Lunatic asylums Burma 1907-21 - 1907-1921
Year: 1907
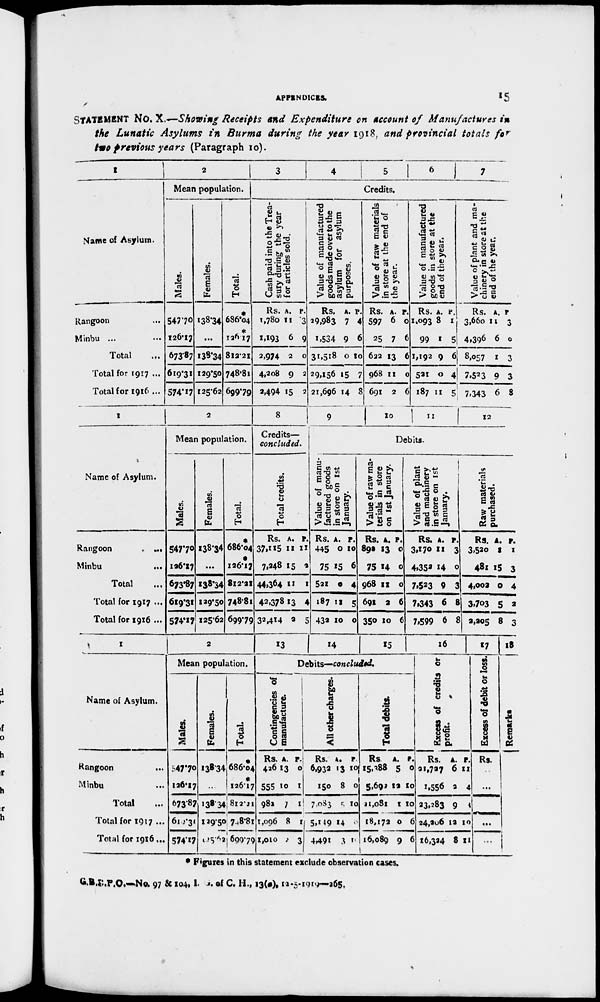
APPENDICES.
15
STATEMENT No. X.—Showing Receipts and Expenditure on account of Manufactures in
the Lunatic Asylums in Burma during the year 1918, and provincial totals for
two previous years (Paragraph 10).
1
Name of Asylum.
Rangoon ...
Minbu ...
Total ...
Total for 1917 ...
Total for 1916 ...
2
Mean population.
Males.
547.70
126.17
673.87
610.31
574.17
Females.
138.34
...
138.34
129.50
125.62
Total.
*
686.04
*
126.17
812.21
748.81
699.79
3
4
5
6
7
Credits.
Cash paid into the Trea-
sury during the year
for articles sold.
Rs.
1,780
1,193
2,974
4,208
2,494
A.
11
6
2
9
15
P.
3
9
0
2
2
Value of manufactured
goods made over to the
asylum for asylum
purposes.
Rs.
29,983
1,534
31,518
29,156
21,696
A.
7
9
0
15
14
P.
4
6
10
7
8
Value of raw materials
in store at the end of
the year.
Rs.
597
25
622
968
691
A.
6
7
13
11
2
P.
0
6
6
0
6
Value of manufactured
goods in store at the
end of the year.
Rs.
1,093
99
1,192
521
187
A.
8
1
9
0
11
P.
1
5
6
4
5
Value of plant and ma-
chinery in store at the
end of the year.
Rs.
3,660
4,396
8,057
7,523
7,343
A.
11
6
1
9
6
P.
3
0
3
3
8
1
Name of Asylum.
Rangoon
...
Minbu
...
Total ...
Total for 1917 ...
Total for 1916 ...
2
Mean population.
Males.
547.70
126.17
673.87
619.31
574.17
Females.
138.34
...
138.34
129.50
125.62
Total.
*
686.04
*
126.17
812.21
748.81
699.79
8
Credits—
concluded.
Total credits.
Rs.
37,115
7,248
44,364
42,378
32,414
A.
11
15
11
13
2
P.
11
2
1
4
5
9
10
11
12
Debits.
Value of manu-
factured goods
in store on 1st
January.
Rs.
445
75
521
187
432
A.
0
15
0
11
10
P.
10
6
4
5
0
Value of raw ma-
terials in store
on 1st January.
Rs.
893
75
968
691
350
A.
13
14
11
2
10
P.
0
0
0
6
6
Value of plant
and machinery
in store on 1st
January.
Rs.
3,170
4,352
7,523
7,343
7,599
A.
11
14
9
6
6
P.
3
0
3
8
8
Raw materials
purchased.
Rs.
3,520
481
4,002
3,703
2,205
A.
1
15
0
5
8
P.
1
3
4
2
3
1
Name of Asylum.
Rangoon
...
Minbu ...
Total ...
Total for 1917 ...
Total for 1916 ...
2
Mean population.
Males.
547.70
126.17
673.87
619.31
574.17
Females.
138.34
...
138.34
129.50
125.62
Total.
*
686*04 *
126.17
812.21
748.81
699.79
13
14
15
Debits—concluded.
Contingencies of
manufacture.
Rs.
426
555
982
1,096
1,010
A.
13
10
7
8
8
p.
0
1
1
1
3
All other charges.
Rs.
6,932
150
7,083
5,149
4,491
A.
13
8
5
14
3
p.
10
0
10
0
8
Total debits.
Rs
15,388
5,693
21,081
18,172
16,089
A.
5
12
1
0
9
P.
0
10
10
6
6
16
Excess
of credits or
profit.
Rs.
21,727
1,556
23,283
24,206
16,324
A.
6
2
9
12
8
p.
11
4
8
10
11
17
Excess of debit or loss.
Rs.
...
...
...
18
Remarks
* Figures in this statement exclude observation cases.
G.B.C.P.O.—No. 97 & 104, I. G. of C. H., 13(a), 12-5-1919—265.